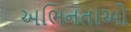
અભિનતાઓ